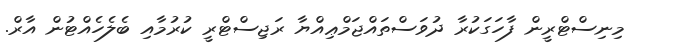
މިނިސްޓްރީން ފާހަގަކުރާ ދުވަސްތައްޖަމްޢިއްޔާ ރަޖިސްޓްރީ ކުރުމާއި ބެލެހެއްޓުން އާރް.